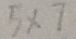
5 \times 7